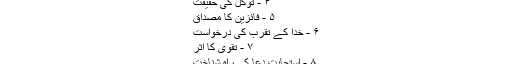
۲ - خدا پر توکل کی درخواست
۳ - خدا پر توکل کی اہمیت
۴ - توکل کی حقیقت
۵ - فائزین کا مصداق
۶ - خدا کے تقرب کی درخواست
۷ - تقویٰ کا اثر
۸ - استجابت دعا کی راہ شناخت
۹ - متعلقہ عناوین
اے معبود!